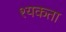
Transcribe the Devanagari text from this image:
श्यकता